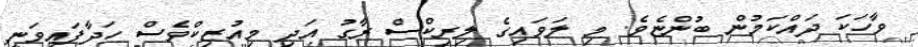
ވާހަކަ ދައްކަމުން ބުންޏެވެ. މި ލަަވައިގެ ލިރިކްސް ރާގު އަދި މިއުޒިކްވެސް ހަދާފައިވަނީ